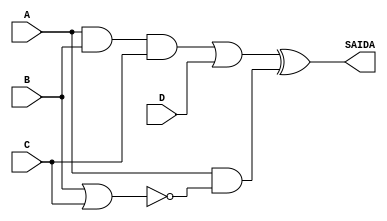
module questao_2(input A, input B, input C, input D, output SAIDA);

    assign #5 AND = (A && B && C); 
    assign #5 NOR = !(B || C);
    assign #5 OR = (AND || D);
    assign #5 NAND = !(A && NOR);
    assign #2 NOT = !NAND;
    assign #5 SAIDA = (OR ^ NOT);

endmodule